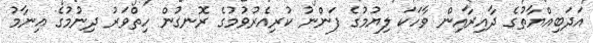
އަދަބިއްޔާތުގެ ދާއިރާއިން ވާހަކަ ލިޔުމުގެ ފަންނު ކުރިއެރުވުމުގެ ރޮނގުން ހިތްވަރު ދިނުމުގެ އިނާމު